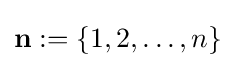
\mathbf {n} :=\{1,2,\ldots ,n\}